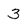
Character: 3